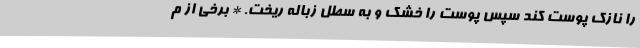
را نازک پوست کند سپس پوست را خشک و به سطل زباله ریخت. * برخی از م